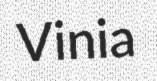
Vinia